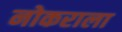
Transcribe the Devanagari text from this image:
नोकराला